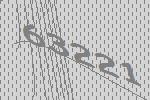
63221